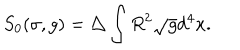
S _ { 0 } ( \sigma , g ) = \triangle \int R ^ { 2 } \sqrt { g } d ^ { 4 } x .